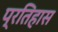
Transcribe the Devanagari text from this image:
प्रतिहास